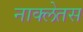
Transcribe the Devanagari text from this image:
नाक्लेतस